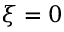
\xi = 0